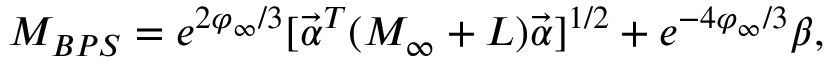
M _ { B P S } = e ^ { 2 \varphi _ { \infty } / 3 } [ { \vec { \alpha } } ^ { T } ( { \cal M } _ { \infty } + { L } ) { \vec { \alpha } } ] ^ { 1 / 2 } + e ^ { - 4 \varphi _ { \infty } / 3 } \beta ,